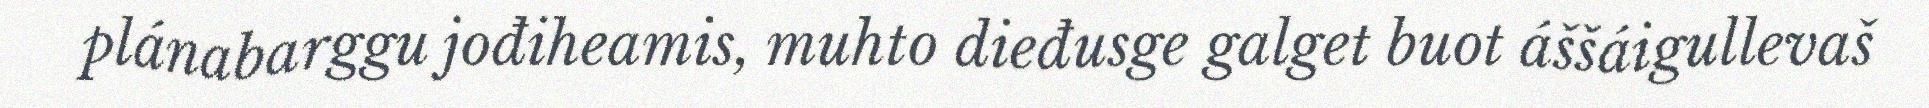
plánabarggu jođiheamis, muhto dieđusge galget buot áššáigullevaš